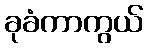
ခုခံကာကွယ်